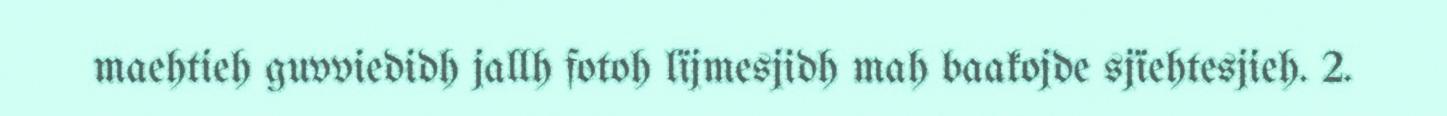
maehtieh guvviedidh jallh fotoh lïjmesjidh mah baakojde sjïehtesjieh. 2.